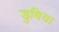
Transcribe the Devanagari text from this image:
डुबिया